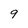
Character: 9